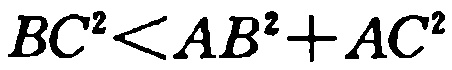
\(BC^{2}<AB^{2}+AC^{2}\)